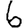
Digit: 6